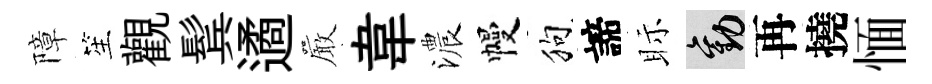
障笙觀鬂遹巖韋濃幔狗諦眎勸再撓愐